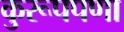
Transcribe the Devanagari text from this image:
कुरूपपणा